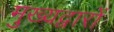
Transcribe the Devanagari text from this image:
मुख्यद्वारों